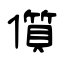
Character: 儨